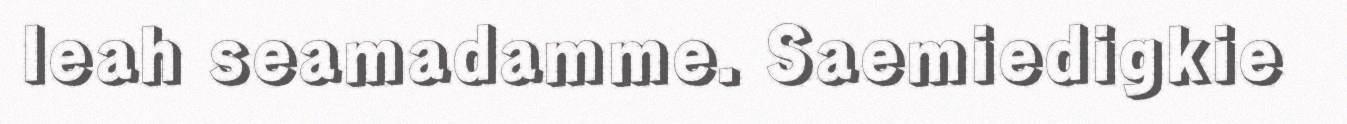
leah seamadamme. Saemiedigkie